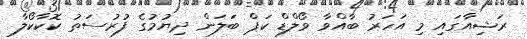
ރަޝިއާގައި މި އަހަރު ބާއްވާ ވޯލްޑް ކަޕް ބަލަން ދިޔުމުގެ ފުރުސަތު ކޮކާކޯލާ